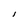
Character: I